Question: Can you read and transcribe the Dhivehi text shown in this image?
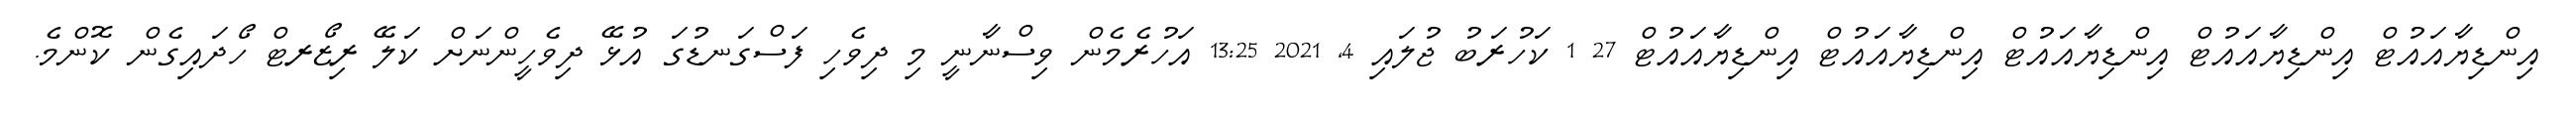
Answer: އިންޑިޔާއައުޓް އިންޑިޔާއައުޓް އިންޑިޔާއައުޓް އިންޑިޔާއައުޓް އިންޑިޔާއައުޓް 27 1 ކަހުރަބު ޖުލައި 4, 2021 13:25 އަހުރެމެން ވިސްނާނީ މި ދިވެހި ފަސްގަނޑުގަ އުޅޭ ދިވެހީންނަށް ކަލޭ ރިޒޯރޓް ހޯދައިގެން ކޮންމެ.